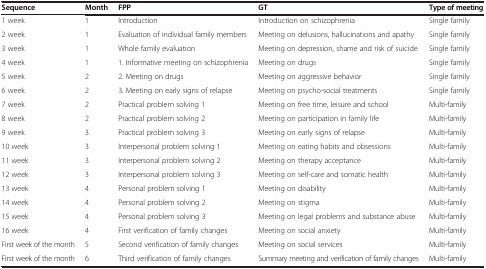
| Sequence | Month | FPP | GT | Type of meeting |
 | --- | --- | --- | --- | --- |
 | 1 week | 1 | Introduction | Introduction on schizophrenia | Single family |
 | 2 week | 1 | Evaluation of individual family members | Meeting on delusions, hallucinations and apathy | Single family |
 | 3 week | 1 | Whole family evaluation | Meeting on depression, shame and risk of suicide | Single family |
 | 4 week | 1 | 1. Informative meeting on schizophrenia | Meeting on drugs | Single family |
 | 5 week | 2 | 2. Meeting on drugs | Meeting on aggressive behavior | Single family |
 | 6 week | 2 | 3. Meeting on early signs of relapse | Meeting on psycho-social treatments | Single family |
 | 7 week | 2 | Practical problem solving 1 | Meeting on free time, leisure and school | Multi-family |
 | 8 week | 2 | Practical problem solving 2 | Meeting on participation in family life | Multi-family |
 | 9 week | 3 | Practical problem solving 3 | Meeting on early signs of relapse | Multi-family |
 | 10 week | 3 | Interpersonal problem solving 1 | Meeting on eating habits and obsessions | Multi-family |
 | 11 week | 3 | Interpersonal problem solving 2 | Meeting on therapy acceptance | Multi-family |
 | 12 week | 3 | Interpersonal problem solving 3 | Meeting on self-care and somatic health | Multi-family |
 | 13 week | 4 | Personal problem solving 1 | Meeting on disability | Multi-family |
 | 14 week | 4 | Personal problem solving 2 | Meeting on stigma | Multi-family |
 | 15 week | 4 | Personal problem solving 3 | Meeting on legal problems and substance abuse | Multi-family |
 | 16 week | 4 | First verification of family changes | Meeting on social anxiety | Multi-family |
 | First week of the month | 5 | Second verification of family changes | Meeting on social services | Multi-family |
 | First week of the month | 6 | Third verification of family changes | Summary meeting and verification of family changes | Multi-family |